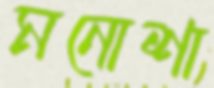
মনোশা